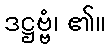
ဒဋ္ဌဗ္ဗံ၊ ၏။